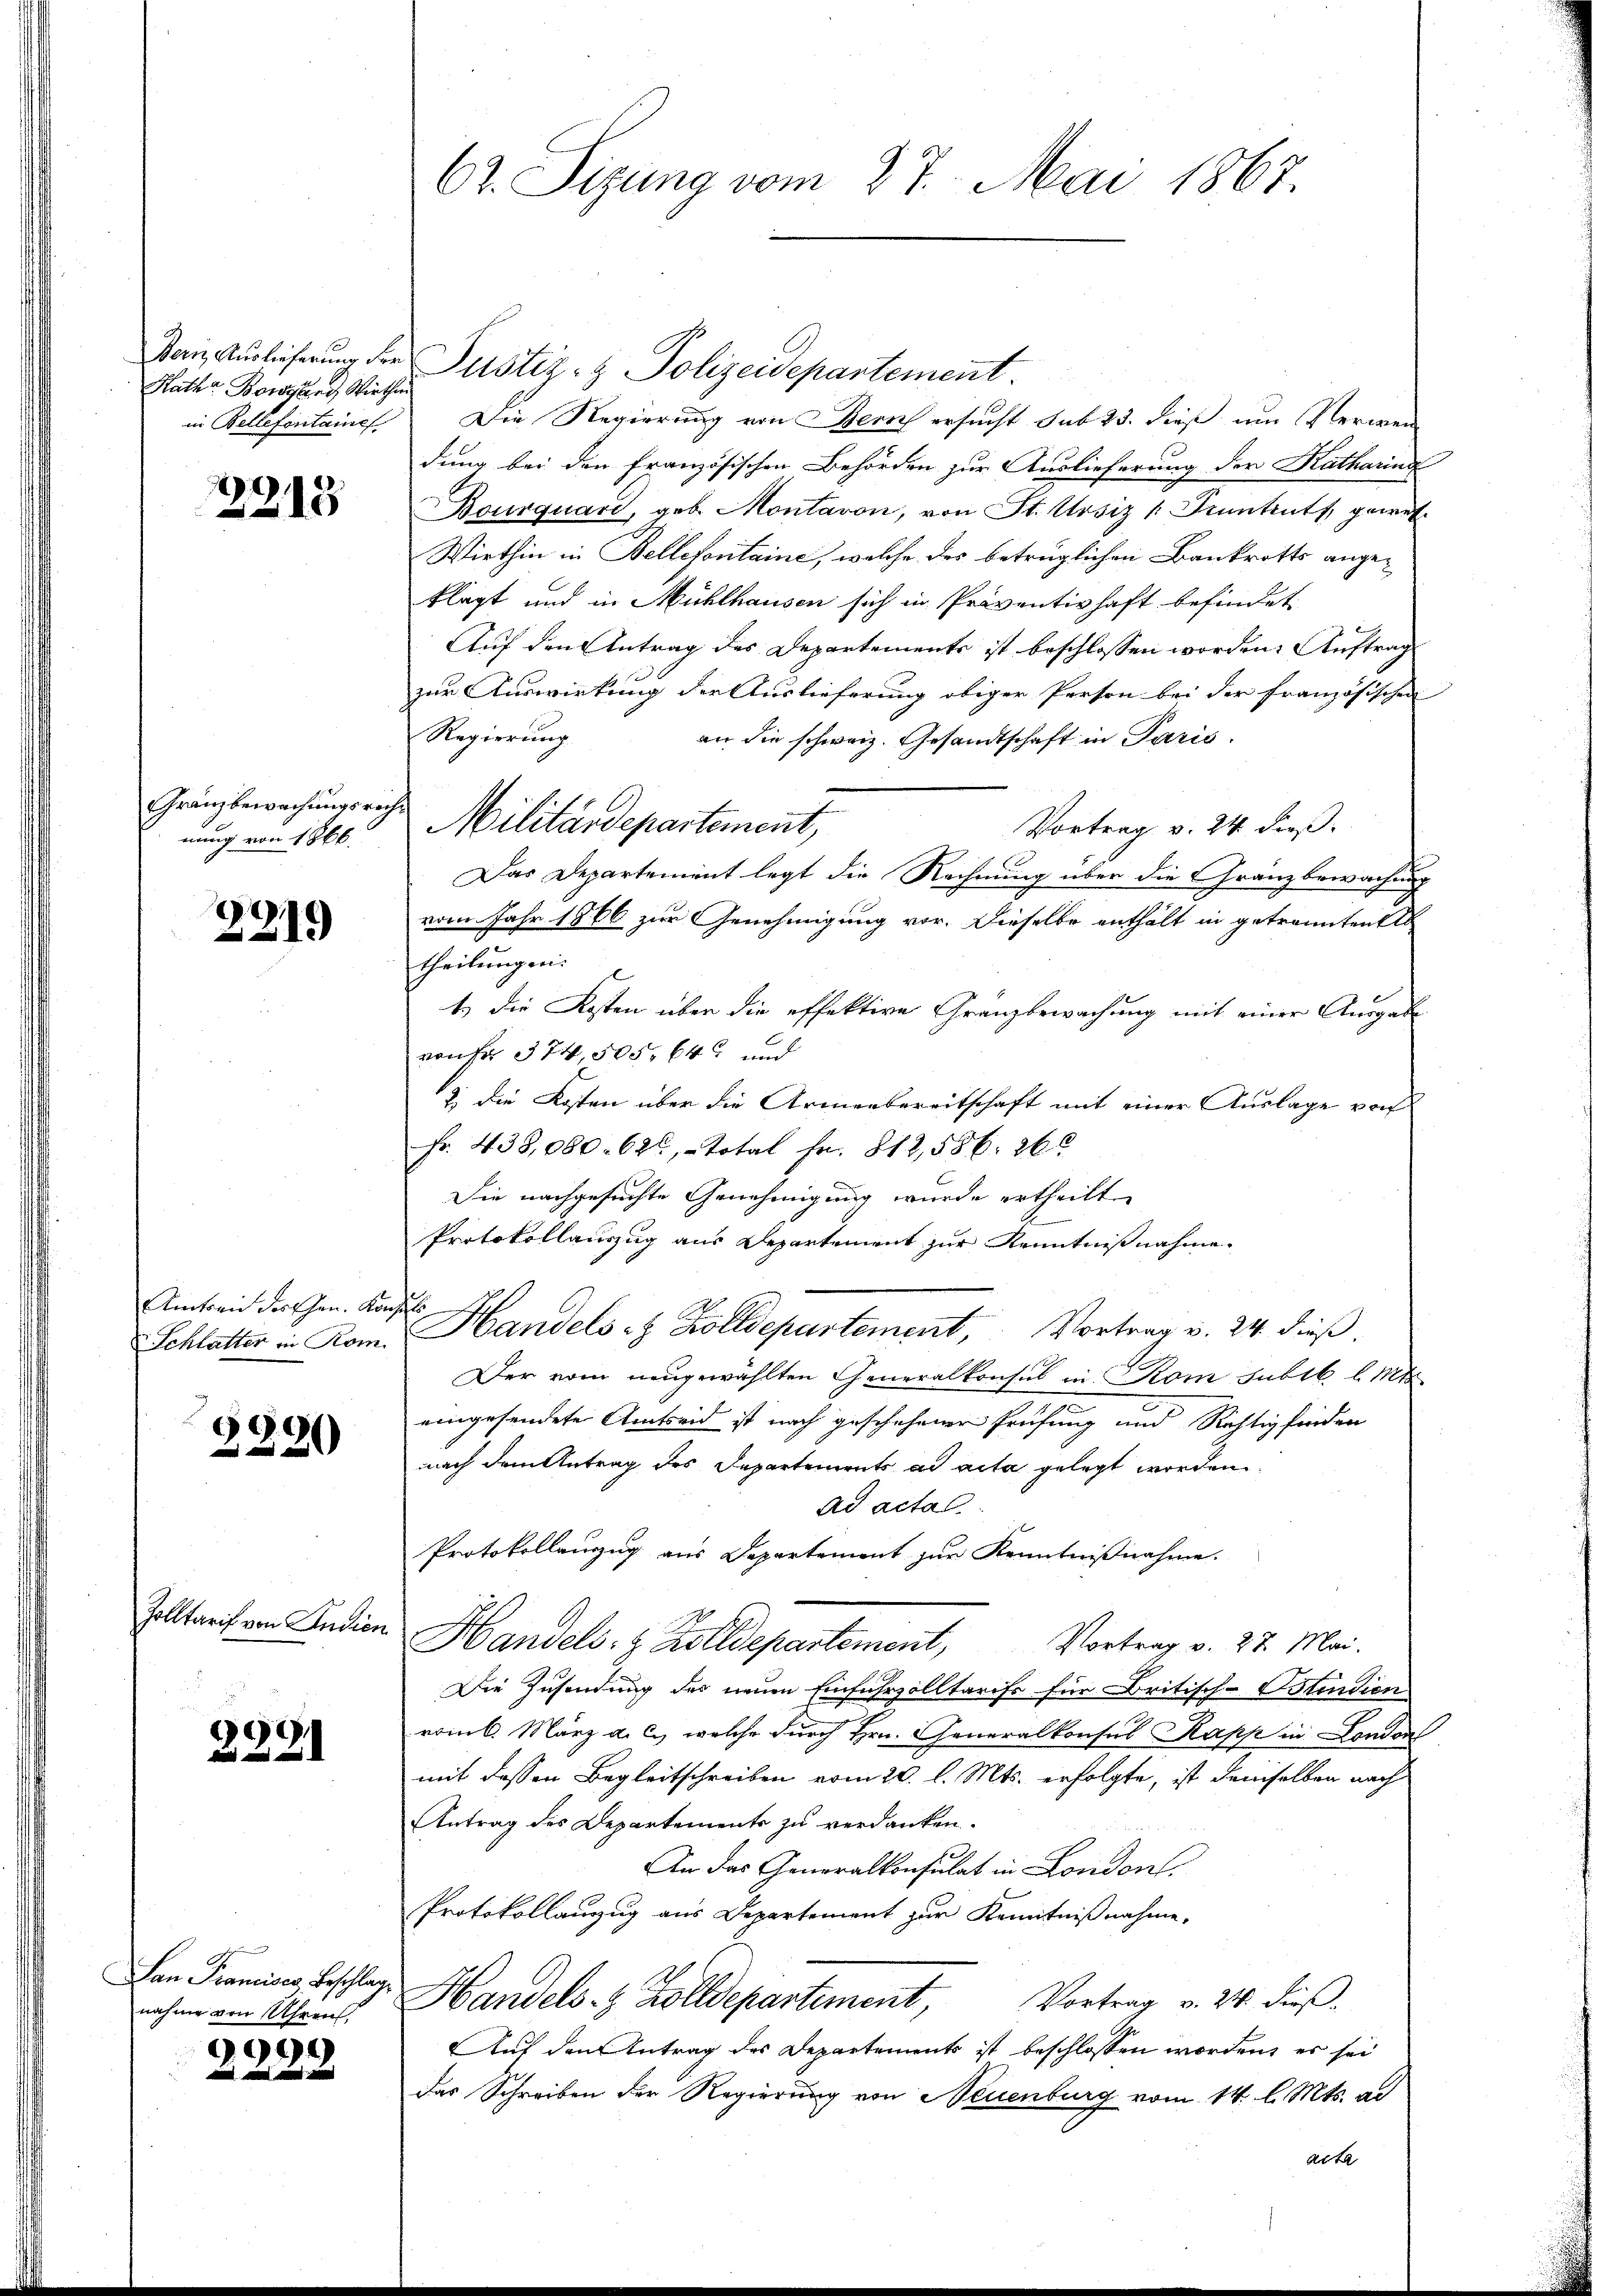
Kathe Bewand, Wirthin

2218

Gränzbewachungsre
nung von 1866.

2219

Amtori der Ehen. Konsuls
Schlatter in Rom.

59
220

Solltarif von Indien

9
2

Lan Francises Beschlag
nahme von Uhren,

999

62. Sizung vom 27. Mai 1867.

Barin Auslieferung der Pustiz- & Polizeidepartement.
in Bellefontaines Die Regierung von Bern ersucht sub 23. dieß um Verwendung bei den französischen Behörden zur Auslieferung der Katharins
Bourquard, geb. Montavon, von St. Ursiz Pruntruts, gewes
Wirthin in Bellefontaine, welche des betrüglichen Bankrotts angeklagt und in Mühlhausen sich in Präventivhaft befindet.
Auf den Antrag des Departemente ist beschlossen worden. Auftrag
zur Auswirkung der Auslieferung obiger Person bei der französischen
Regierung
an die schweiz. Gesandtschaft in Paris.
Vortrag v. 24. dieß.
Das Departement legt die Rechnung über die Gränzbewachung
vom Jahr 1866 zur Genehmigung vor. Dieselbe enthält in getrannten Ab
theilung ei-
t. die Kosten über die effektive Granzbewachung mit einer Ausgabe
vonr 374,505. 64 und
13. Die Kosten über die Armenbereitschaft mit einer Auslage von
Fr. 438,080. 628, Total Fr. 812,586. 260
Die nachgesuchte Genehmigung wurde ertheilt
Protokollauszug aus Departement zur Kenntnißnahme.
Handels- & Zolldepartement, Vortrag v. 24. dieβ.
Der vom neugewählten Generalkonsul in Rom subik. l. Mts.
eingesendete Amtseid ist nach geschehener Prüfung und Richtig finden
nach dem Antrag des Departements ad acta gelegt worden.
Ad actas
Protokollenzug aus Departement zur Kenntnißnahme.
Handels- & Zolldepartement,
Vortrag v. 27. Mai.
Die Zusendung des neuen Einfuhrzolltarifs für Britisch-Ostindien
vom 6. März a. c., welche durch Hrn. Generalkonsul Kapp in London
mit dessen Begleitschreiben vom 20. l. Mts. erfolgte, ist demselben nach
Antrag des Departements zu verdanken.
An das Generalkonsulat in London.
Protokollanzug aus Departement zur Kenntnißnahme.
Handels- & Zolldepartement, Vortrag v. 24. dieß.
Auf den Antrag des Departements ist beschlossen worden, es sei
das Schreiben der Regierung von Neuenburg vom 14. l. Mts. ad
Acke

Militärdepartement,